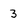
Character: 3